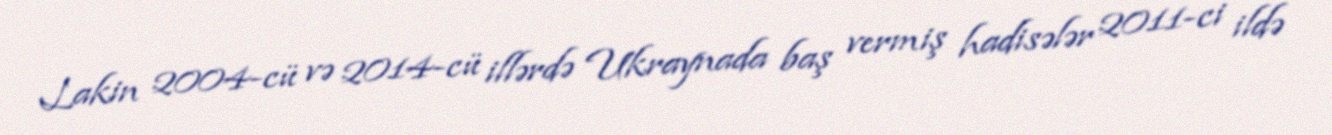
Lakin 2004-cü və 2014-cü illərdə Ukraynada baş vermiş hadisələr 2011-ci ildə